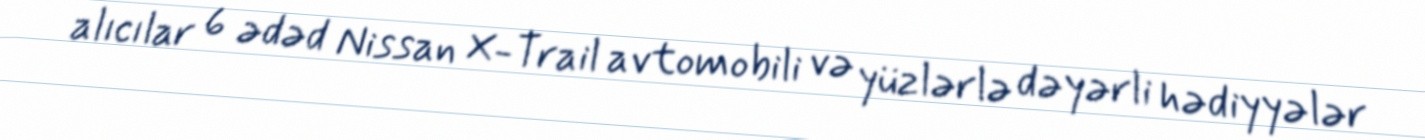
alıcılar 6 ədəd Nissan X-Trail avtomobili və yüzlərlə dəyərli hədiyyələr